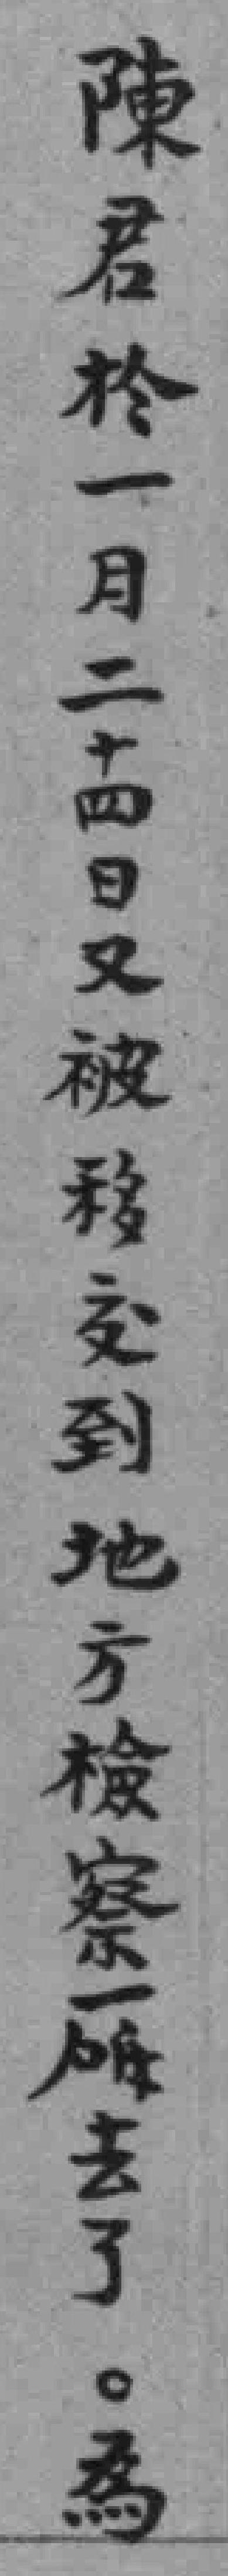
陳君於一月二十四日又被移交到地方检察廳去了。為